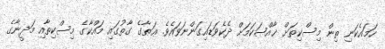
ހަމައެކަނި ތިން މިސްކިތަށް ޚާއްޞަކަމަށް ދެކެވަޑައިގަންނަވައެވެ. ޢަޠާގެ ގާތުގައި މައްކާގެ މިސްކިތާއި މަދީނާގެ